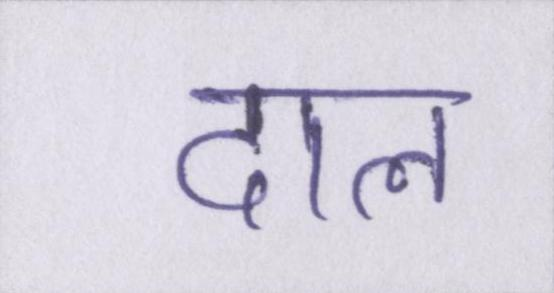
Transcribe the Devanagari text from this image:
दाल